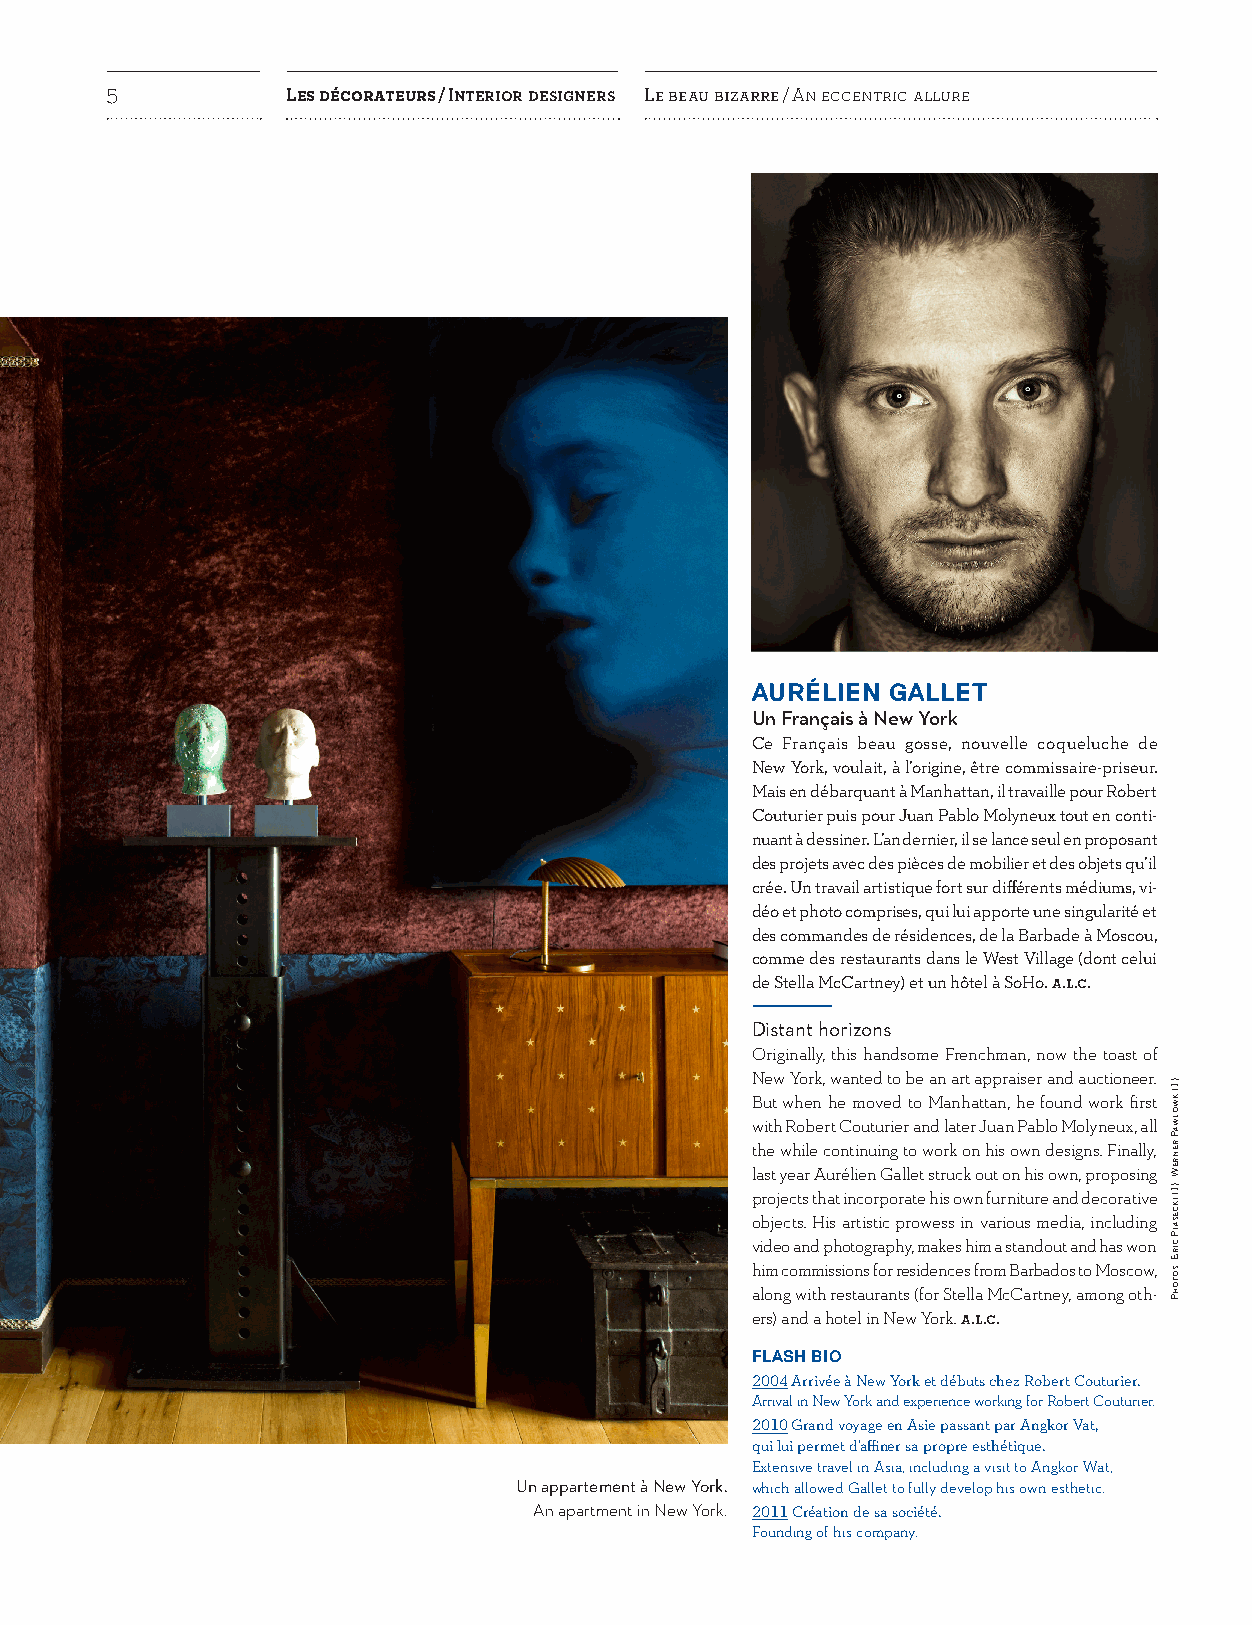
5           LES DÉCORATEURS / INTERIOR DESIGNERS LE BEAU BIZARRE / AN ECCENTRIC ALLURE
 AURÉLIEN GALLET
 Un Français à New York
 Ce Français beau gosse, nouvelle coqueluche de
 New York, voulait, à l’origine, être commissaire-priseur.
 Mais en débarquant à Manhattan, il travaille pour Robert
 Couturier puis pour Juan Pablo Molyneux tout en conti-
 nuant à dessiner. L’an dernier, il se lance seul en proposant
 des projets avec des pièces de mobilier et des objets qu’il
 crée. Un travail artistique fort sur différents médiums, vi-
 déo et photo comprises, qui lui apporte une singularité et
 des commandes de résidences, de la Barbade à Moscou,
 comme des restaurants dans le West Village (dont celui
 de Stella McCartney) et un hôtel à SoHo. A.L.C.
 ––––––––––––––
 Distant horizons
 Originally, this handsome Frenchman, now the toast of
 New York, wanted to be an art appraiser and auctioneer.
 But when he moved to Manhattan, he found work first
 with Robert Couturier and later Juan Pablo Molyneux, all
 the while continuing to work on his own designs. Finally,
 last year Aurélien Gallet struck out on his own, proposing
 projects that incorporate his own furniture and decorative
 objects. His artistic prowess in various media, including
 video and photography, makes him a standout and has won
 him commissions for residences from Barbados to Moscow,
 along with restaurants (for Stella McCartney, among oth-
 ers) and a hotel in New York. A.L.C.
 FLASH BIO
 2004 Arrivée à New York et débuts chez Robert Couturier.
 Arrival in New York and experience working for Robert Couturier.
 2010 Grand voyage en Asie passant par Angkor Vat,
 qui lui permet d’affiner sa propre esthétique.
 Extensive travel in Asia, including a visit to Angkor Wat,
 Un appartement à New York. which allowed Gallet to fully develop his own esthetic.
 An apartment in New York. 2011 Création de sa société.
 Founding of his company.
 .)1(
 .R.D
 ; )2(
 XXXXXJ
 : SOTOHP
 .)1(
 KWOLWAP
 RENREW
 ; )1(
 IKCESAIP
 CIRE
 : SOTOHP